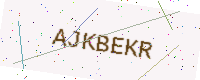
Text: AJKBEKR